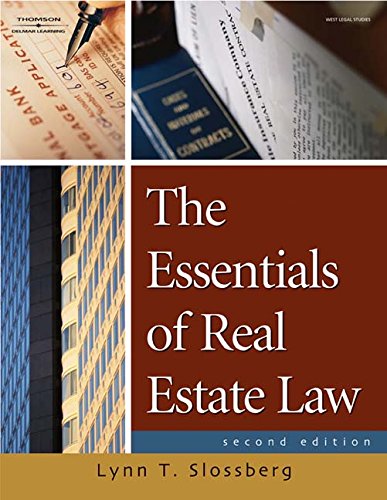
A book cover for The Essentials of Real Estate Law for Paralegals (Book Only); Lynn T. Slossberg; Business & Money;